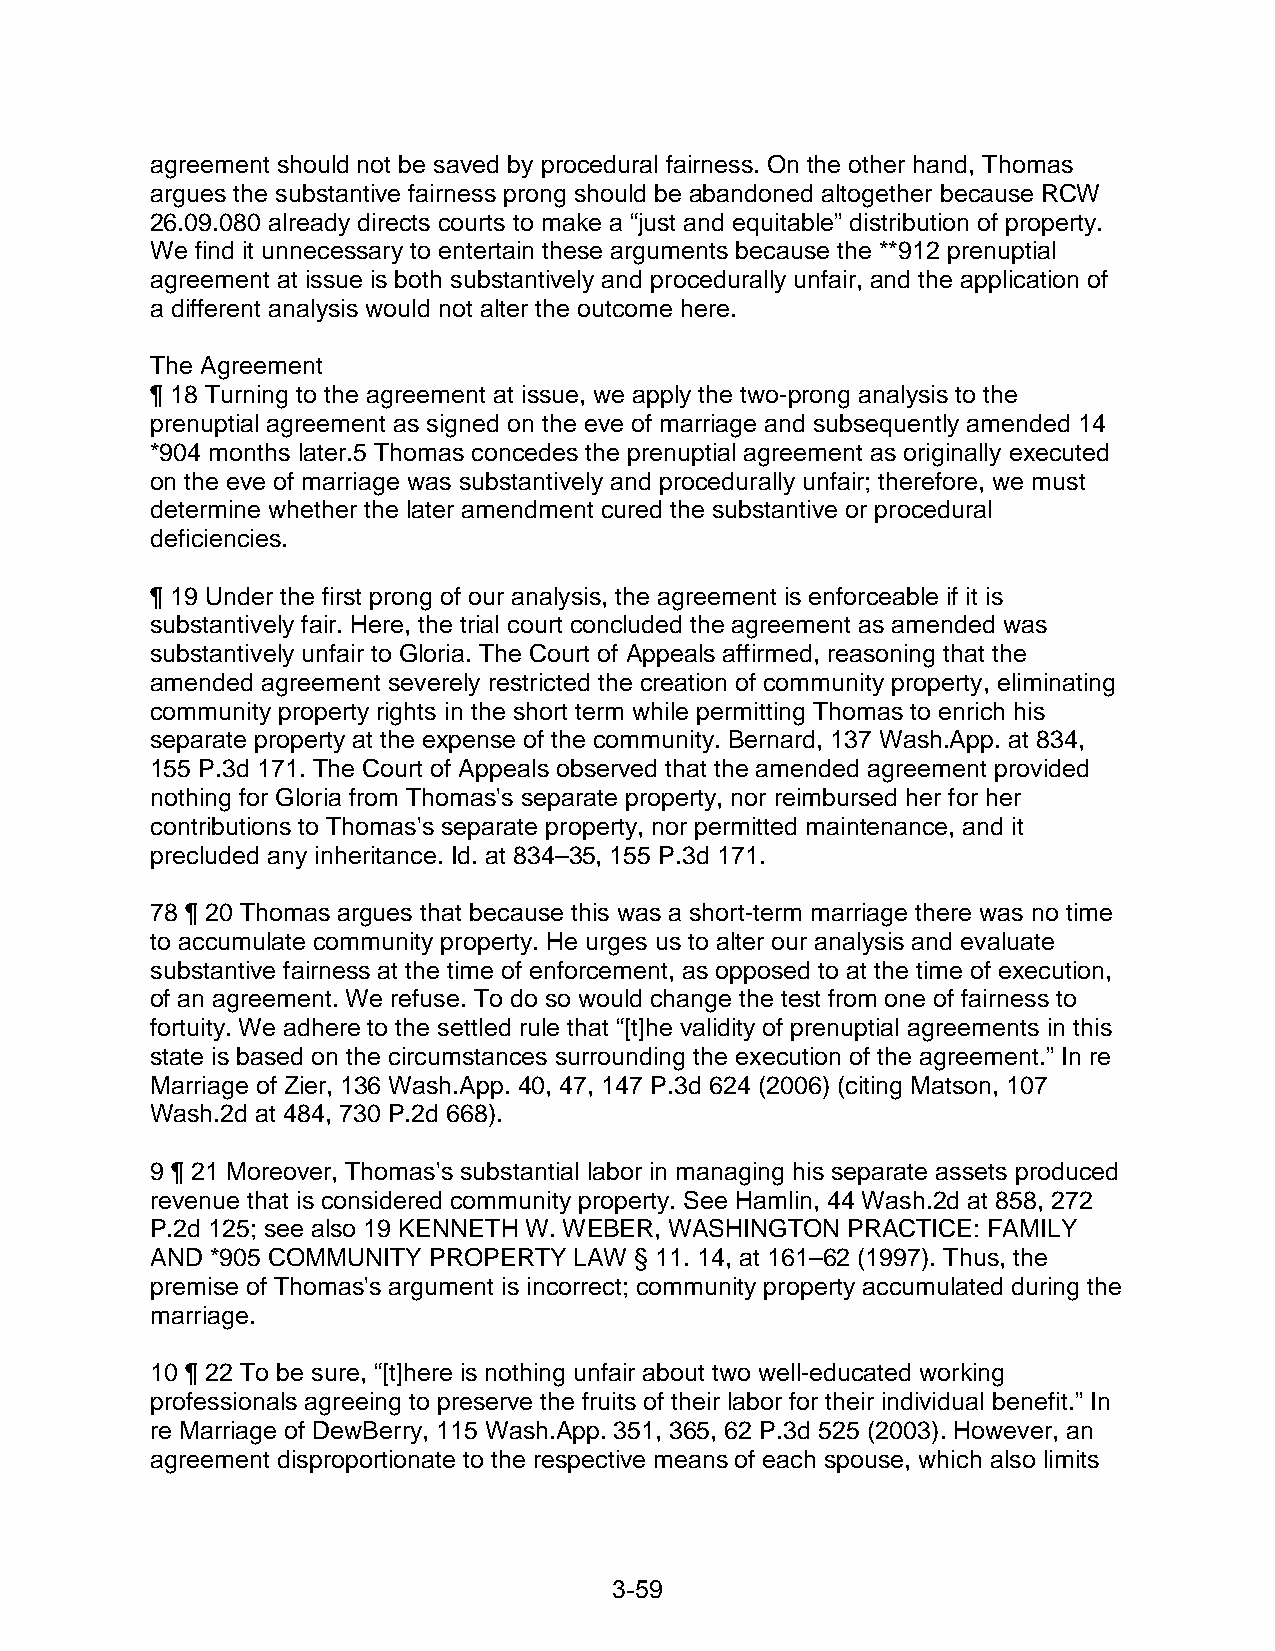
agreement should not be saved by procedural fairness. On the other hand, Thomas
 argues the substantive fairness prong should be abandoned altogether because RCW
 26.09.080 already directs courts to make a “just and equitable” distribution of property.
 We find it unnecessary to entertain these arguments because the **912 prenuptial
 agreement at issue is both substantively and procedurally unfair, and the application of
 a different analysis would not alter the outcome here.
 The Agreement
 ¶ 18 Turning to the agreement at issue, we apply the two-prong analysis to the
 prenuptial agreement as signed on the eve of marriage and subsequently amended 14
 *904 months later.5 Thomas concedes the prenuptial agreement as originally executed
 on the eve of marriage was substantively and procedurally unfair; therefore, we must
 determine whether the later amendment cured the substantive or procedural
 deficiencies.
 ¶ 19 Under the first prong of our analysis, the agreement is enforceable if it is
 substantively fair. Here, the trial court concluded the agreement as amended was
 substantively unfair to Gloria. The Court of Appeals affirmed, reasoning that the
 amended agreement severely restricted the creation of community property, eliminating
 community property rights in the short term while permitting Thomas to enrich his
 separate property at the expense of the community. Bernard, 137 Wash.App. at 834,
 155 P.3d 171. The Court of Appeals observed that the amended agreement provided
 nothing for Gloria from Thomas's separate property, nor reimbursed her for her
 contributions to Thomas's separate property, nor permitted maintenance, and it
 precluded any inheritance. Id. at 834–35, 155 P.3d 171.
 78 ¶ 20 Thomas argues that because this was a short-term marriage there was no time
 to accumulate community property. He urges us to alter our analysis and evaluate
 substantive fairness at the time of enforcement, as opposed to at the time of execution,
 of an agreement. We refuse. To do so would change the test from one of fairness to
 fortuity. We adhere to the settled rule that “[t]he validity of prenuptial agreements in this
 state is based on the circumstances surrounding the execution of the agreement.” In re
 Marriage of Zier, 136 Wash.App. 40, 47, 147 P.3d 624 (2006) (citing Matson, 107
 Wash.2d at 484, 730 P.2d 668).
 9 ¶ 21 Moreover, Thomas's substantial labor in managing his separate assets produced
 revenue that is considered community property. See Hamlin, 44 Wash.2d at 858, 272
 P.2d 125; see also 19 KENNETH W. WEBER, WASHINGTON PRACTICE: FAMILY
 AND *905 COMMUNITY PROPERTY LAW § 11. 14, at 161–62 (1997). Thus, the
 premise of Thomas's argument is incorrect; community property accumulated during the
 marriage.
 10 ¶ 22 To be sure, “[t]here is nothing unfair about two well-educated working
 professionals agreeing to preserve the fruits of their labor for their individual benefit.” In
 re Marriage of DewBerry, 115 Wash.App. 351, 365, 62 P.3d 525 (2003). However, an
 agreement disproportionate to the respective means of each spouse, which also limits
 3-59